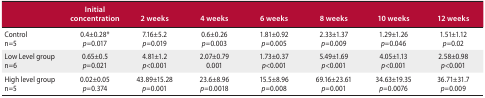
<table><thead><tr><td></td><td><b>Initial concentration</b></td><td><b>2 weeks</b></td><td><b>4 weeks</b></td><td><b>6 weeks</b></td><td><b>8 weeks</b></td><td><b>10 weeks</b></td><td><b>12 weeks</b></td></tr></thead><tbody><tr><td>Control</td><td>0.4±0.28*</td><td>7.16±5.2</td><td>0.6±0.26</td><td>1.81±0.92</td><td>2.33±1.37</td><td>1.29±1.26</td><td>1.51±1.12</td></tr><tr><td>n=5</td><td><i>p=</i>0.017</td><td><i>p=</i>0.019</td><td><i>p=</i>0.003</td><td><i>p=</i>0.005</td><td><i>p=</i>0.009</td><td><i>p=</i>0.046</td><td><i>p=</i>0.02</td></tr><tr><td>Low Level group</td><td>0.65±0.5</td><td>4.81±1.2</td><td>2.07±0.79</td><td>1.73±0.37</td><td>5.49±1.69</td><td>4.05±1.13</td><td>2.58±0.98</td></tr><tr><td>n=6</td><td><i>p=</i>0.021</td><td><i>p</i>&lt;0.001</td><td>0.001</td><td><i>p</i>&lt;0.001</td><td><i>p</i>&lt;0.001</td><td><i>p</i>&lt;0.001</td><td><i>p</i>&lt;0.001</td></tr><tr><td>High level group</td><td>0.02±0.05</td><td>43.89±15.28</td><td>23.6±8.96</td><td>15.5±8.96</td><td>69.16±23.61</td><td>34.63±19.35</td><td>36.71±31.7</td></tr><tr><td>n=5</td><td><i>p=</i>0.374</td><td><i>p=</i>0.001</td><td><i>p=</i>0.0018</td><td><i>p=</i>0.008</td><td><i>p=</i>0.001</td><td><i>p=</i>0.0076</td><td><i>p=</i>0.009</td></tr></tbody></table>